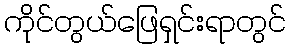
ကိုင်တွယ်ဖြေရှင်းရာတွင်